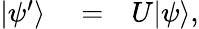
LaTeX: \begin{array}{rlr}{|\psi^{\prime}\rangle}&{{}=}&{U|\psi\rangle,}\end{array}